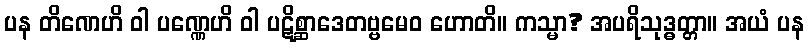
ပန တိဏေဟိ ဝါ ပဏ္ဏေဟိ ဝါ ပဋိစ္ဆာဒေတဗ္ဗမေဝ ဟောတိ။ ကသ္မာ? အပရိသုဒ္ဓတ္တာ။ အယံ ပန